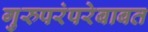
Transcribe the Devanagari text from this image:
गुरुपरंपरेबाबत